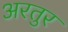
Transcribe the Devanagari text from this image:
अरतुर